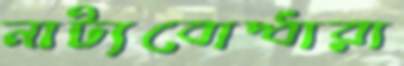
নাট্যবোদ্ধারা